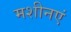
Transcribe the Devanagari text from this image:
मशीनएं